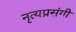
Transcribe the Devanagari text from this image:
नृत्यप्रसंगी